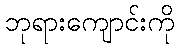
ဘုရားကျောင်းကို